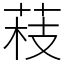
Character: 䓩